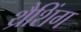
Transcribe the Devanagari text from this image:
थ्रैशिंग